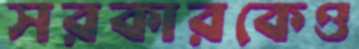
সরকারকেও